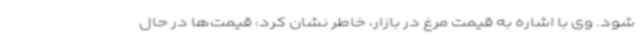
شود. وی با اشاره به قیمت مرغ در بازار، خاطر نشان کرد: قیمت‌ها در حال